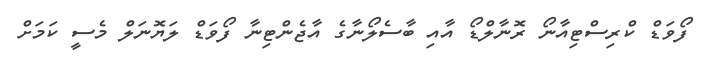
ފޯވަޑް ކްރިސްޓިއާނޯ ރޮނާލްޑޯ އާއި ބާސެލޯނާގެ އާޖެންޓިނާ ފޯވަޑް ލަޔޮނަލް މެސީ ކަމަށް